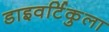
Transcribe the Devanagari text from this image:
डाइवर्टिकुला